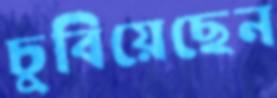
চুবিয়েছেন